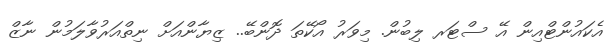
އެކައުންޓްއިން އޭ ސްޓަރ ލިބުން. މިވަރު އޯކޭތަ ދޮންބޭ.. ޒިޔާންއަށް ނިތްއަރުވާލަމުން ނާޒް